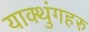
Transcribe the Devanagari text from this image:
याक्थुंगहरु